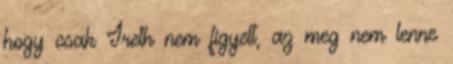
hogy csak Ireth nem figyelt, az meg nem lenne